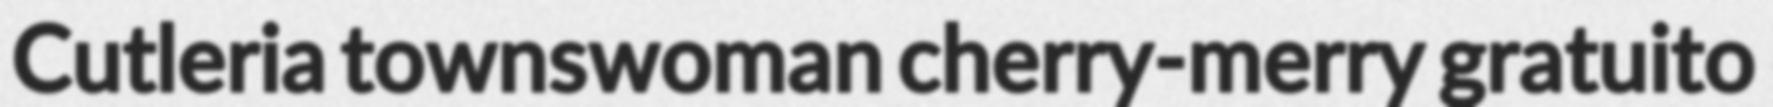
Cutleria townswoman cherry-merry gratuito